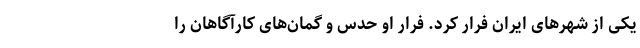
یکی از شهرهای ایران فرار کرد. فرار او حدس و گمان‌های کارآگاهان را